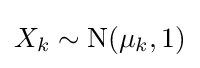
X_{k}\sim \operatorname {N} (\mu _{k},1)